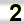
Digit: 2